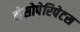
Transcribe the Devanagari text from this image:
मेसोपेरिपेटस